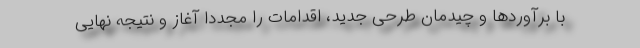
با برآوردها و چیدمان طرحی جدید، اقدامات را مجددا آغاز و نتیجه نهایی